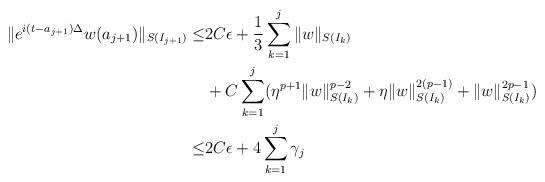
LaTeX: \begin{align*} \|e^{i(t-a_{j+1})\Delta}w(a_{j+1})\|_{S(I_{j+1})}\leq &2C\epsilon+\frac13\sum_{k=1}^{j}\|w\|_{S(I_k)}\\ &+ C\sum_{k=1}^{j}(\eta^{p+1}\|w\|_{S(I_k)}^{p-2}+\eta\|w\|_{S(I_k)}^{2(p-1)}+\|w\|_{S(I_k)}^{2p-1})\\ \leq&2C\epsilon+4\sum_{k=1}^{j}\gamma_j \end{align*}